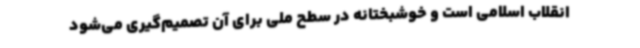
انقلاب اسلامی است و خوشبختانه در سطح ملی برای آن تصمیم‌گیری می‌شود